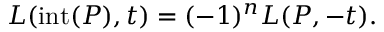
L ( \operatorname { i n t } ( P ) , t ) = ( - 1 ) ^ { n } L ( P , - t ) .